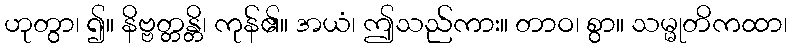
ဟုတွာ၊ ၍။ နိဗ္ဗတ္တန္တိ၊ ကုန်၏။ အယံ၊ ဤသည်ကား။ တာဝ၊ စွာ။ သမ္မုတိကထာ၊